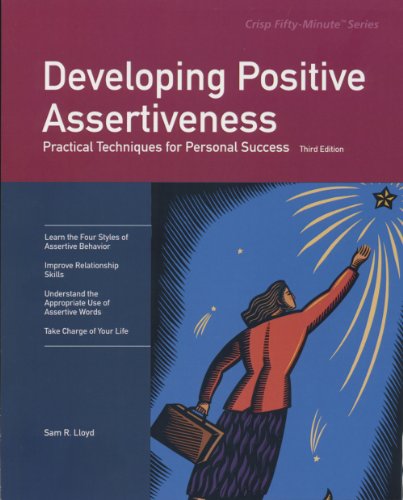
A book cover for Developing Positive Assertiveness, Third Edition: Practical Techniques for Personal Success (Fifty-Minute Series); Sam R. Lloyd; Health, Fitness & Dieting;